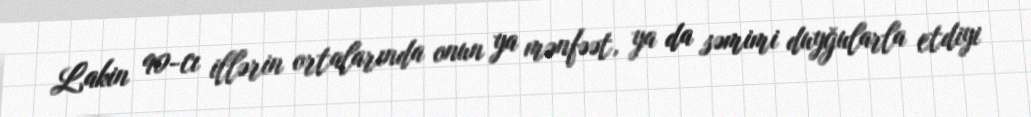
Lakin 90-cı illərin ortalarında onun ya mənfəət, ya da səmimi duyğularla etdiyi